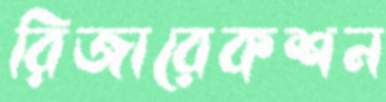
রিজারেকশন